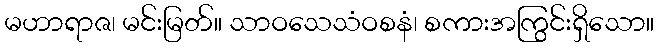
မဟာရာဇ၊ မင်းမြတ်။ သာဝသေသံဝစနံ၊ စကားအကြွင်းရှိသော။